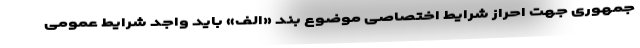
جمهوری جهت احراز شرایط اختصاصی موضوع بند «الف» باید واجد شرایط عمومی